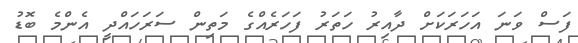
ފަސް ވަނަ އަހަރަކަށް ދާއިރު ހަތަރު ފަހަރެއްގެ މަތިން ސަރަހައްދީ އެންމެ ބޮޑު